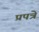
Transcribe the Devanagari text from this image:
प्रपत्रे